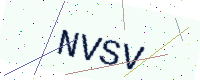
Text: NVSV